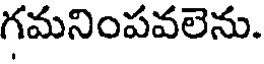
గమనింపవలెను.